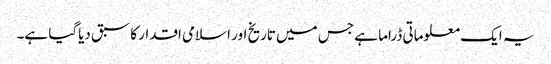
یہ ایک معلوماتی ڈراما ہے جس میں تاریخ اور اسلامی اقدار کا سبق دیاگیا ہے۔